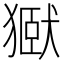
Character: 㺇